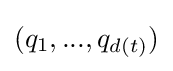
(q_{1},...,q_{d(t)})